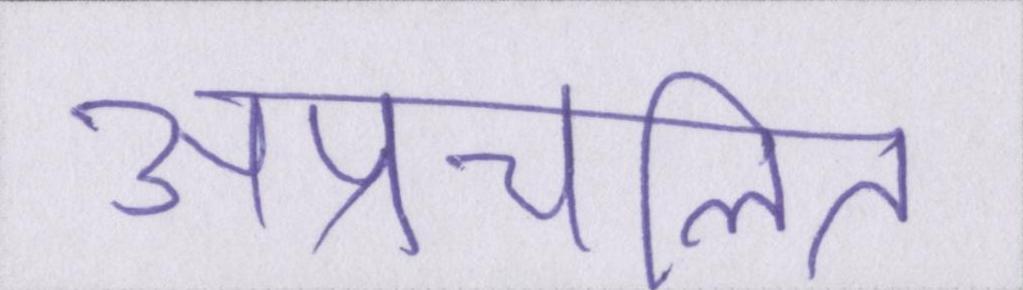
अप्रचलित